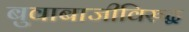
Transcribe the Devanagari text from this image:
बुवाबाजीविरुद्ध